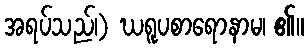
အရပ်သည်၊) ဃရူပစာရောနာမ၊ ၏။